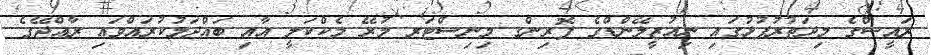
ރައީސްގެ މިދަތުރުފުޅުގައި ނިއުޒީލޭންޑްގެ ފޮރިންގ މިނިސްޓަރ މުރޭ މެކްކަލީ އާއި ބައްދަލުކުރައްވައި ރާއްޖޭގެ